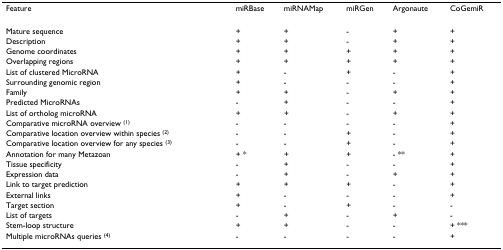
<table><thead><tr><td><b>Feature</b></td><td><b>miRBase</b></td><td><b>miRNAMap</b></td><td><b>miRGen</b></td><td><b>Argonaute</b></td><td><b>CoGemiR</b></td></tr></thead><tbody><tr><td>Mature sequence</td><td>+</td><td>+</td><td>-</td><td>+</td><td>+</td></tr><tr><td>Description</td><td>+</td><td>+</td><td>-</td><td>+</td><td>+</td></tr><tr><td>Genome coordinates</td><td>+</td><td>+</td><td>+</td><td>+</td><td>+</td></tr><tr><td>Overlapping regions</td><td>+</td><td>+</td><td>+</td><td>+</td><td>+</td></tr><tr><td>List of clustered MicroRNA</td><td>+</td><td>-</td><td>+</td><td>-</td><td>+</td></tr><tr><td>Surrounding genomic region</td><td>+</td><td>-</td><td>-</td><td>-</td><td>+</td></tr><tr><td>Family</td><td>+</td><td>+</td><td>-</td><td>+</td><td>+</td></tr><tr><td>Predicted MicroRNAs</td><td>-</td><td>+</td><td>-</td><td>-</td><td>+</td></tr><tr><td>List of ortholog microRNA</td><td>+</td><td>+</td><td>-</td><td>+</td><td>+</td></tr><tr><td>Comparative microRNA overview <sup>(1)</sup></td><td>-</td><td>-</td><td>-</td><td>-</td><td>+</td></tr><tr><td>Comparative location overview within species <sup>(2)</sup></td><td>-</td><td>-</td><td>+</td><td>-</td><td>+</td></tr><tr><td>Comparative location overview for any species <sup>(3)</sup></td><td>-</td><td>-</td><td>+</td><td>-</td><td>+</td></tr><tr><td>Annotation for many Metazoan</td><td>+ *</td><td>+</td><td>+</td><td>- **</td><td>+</td></tr><tr><td>Tissue specificity</td><td>-</td><td>+</td><td>-</td><td>-</td><td>+</td></tr><tr><td>Expression data</td><td>-</td><td>+</td><td>-</td><td>+</td><td>+</td></tr><tr><td>Link to target prediction</td><td>+</td><td>+</td><td>+</td><td>-</td><td>+</td></tr><tr><td>External links</td><td>+</td><td>-</td><td>-</td><td>-</td><td>+</td></tr><tr><td>Target section</td><td>+</td><td>-</td><td>+</td><td>-</td><td>-</td></tr><tr><td>List of targets</td><td>-</td><td>+</td><td>-</td><td>+</td><td>-</td></tr><tr><td>Stem-loop structure</td><td>+</td><td>+</td><td>-</td><td>-</td><td>+ ***</td></tr><tr><td>Multiple microRNAs queries <sup>(4)</sup></td><td>-</td><td>-</td><td>-</td><td>-</td><td>+</td></tr></tbody></table>